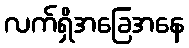
လက်ရှိအခြေအနေ